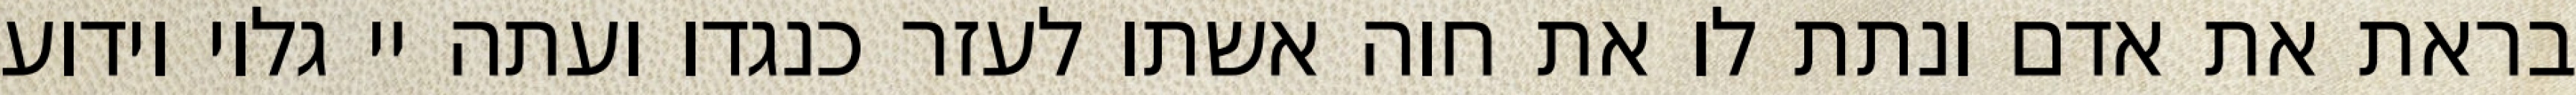
בראת את אדם ונתת לו את חוה אשתו לעזר כנגדו ועתה יי גלוי וידוע